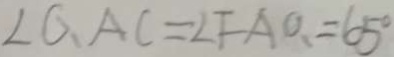
\angle G A C = \angle F A O 、 = 6 5 ^ { \circ }